Source: Handwritten
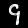
Digit: ၄ (4)